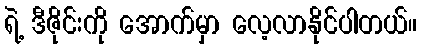
ရဲ့ ဒီဇိုင်းကို အောက်မှာ လေ့လာနိုင်ပါတယ်။